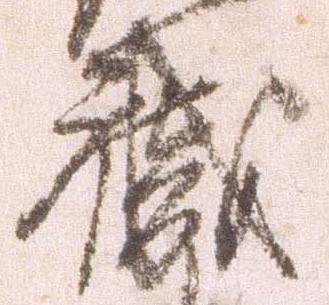
職